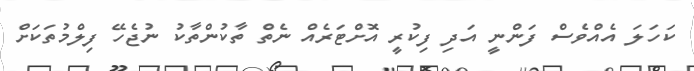
ކަހަލަ އެއްވެސް ފަންނީ އަދި ފިކުރީ އޮށްޓަރެއް ނެތް ތާކުންތާކު ނުޖެހޭ ފިލްމުތަކަށް